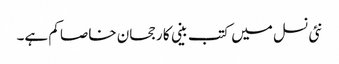
نئی نسل میں کتب بینی کا رجحان خاصا کم ہے۔